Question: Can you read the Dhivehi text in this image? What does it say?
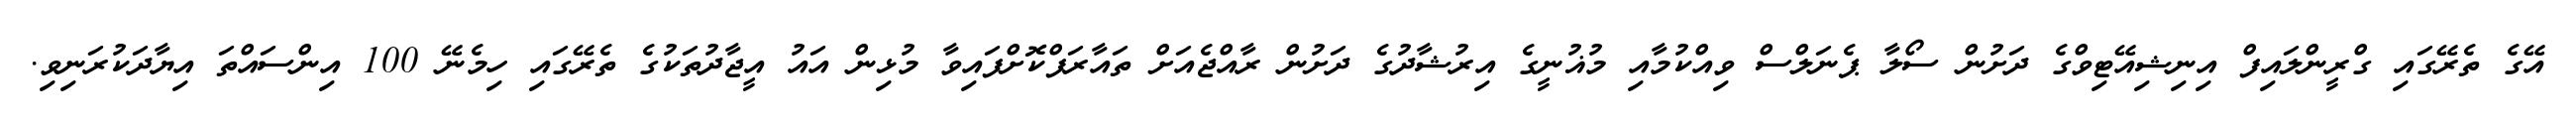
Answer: އޭގެ ތެރޭގައި ގްރީންލައިފް އިނިޝިއޭޓިވްގެ ދަށުން ސޯލާ ޕެނަލްސް ވިއްކުމާއި މުޣުނީގެ އިރުޝާދުގެ ދަށުން ރާއްޖެއަށް ތައާރަފްކޮށްފައިވާ މުޅިން އައު އީޖާދުތަކުގެ ތެރޭގައި ހިމެނޭ 100 އިންސައްތަ އިޔާދަކުރަނިވި.